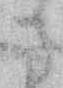
さ